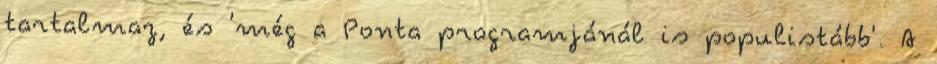
tartalmaz, és 'még a Ponta programjánál is populistább'. A